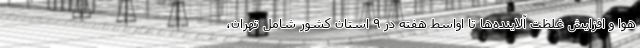
هوا و افزایش غلظت آلاینده‌ها تا اواسط هفته در ۹ استان کشور شامل تهران،